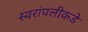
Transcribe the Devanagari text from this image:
स्वरांपलीकडे